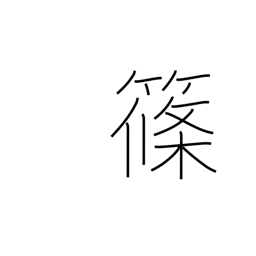
Meaning: bamboo grass